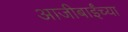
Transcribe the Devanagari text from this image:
आजीबाईंच्या